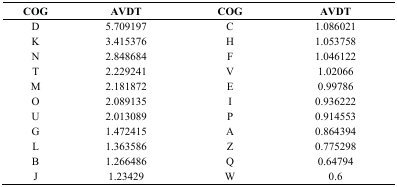
| COG | AVDT | COG | AVDT |
 | --- | --- | --- | --- |
 | D | 5.709197 | C | 1.086021 |
 | K | 3.415376 | H | 1.053758 |
 | N | 2.848684 | F | 1.046122 |
 | T | 2.229241 | V | 1.02066 |
 | M | 2.181872 | E | 0.99786 |
 | O | 2.089135 | I | 0.936222 |
 | U | 2.013089 | P | 0.914553 |
 | G | 1.472415 | A | 0.864394 |
 | L | 1.363586 | Z | 0.775298 |
 | B | 1.266486 | Q | 0.64794 |
 | J | 1.23429 | W | 0.6 |